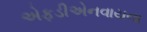
એફડીએનવાયના